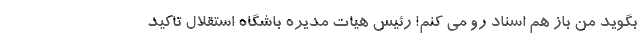
بگوید من باز هم اسناد رو می کنم! رئیس هیات مدیره باشگاه استقلال تاکید